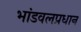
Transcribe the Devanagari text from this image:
भांडवलप्रधान